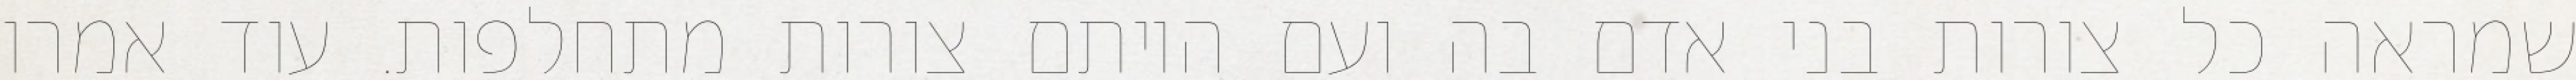
שמראה כל צורות בני אדם בה ועם היותם צורות מתחלפות. עוד אמרו